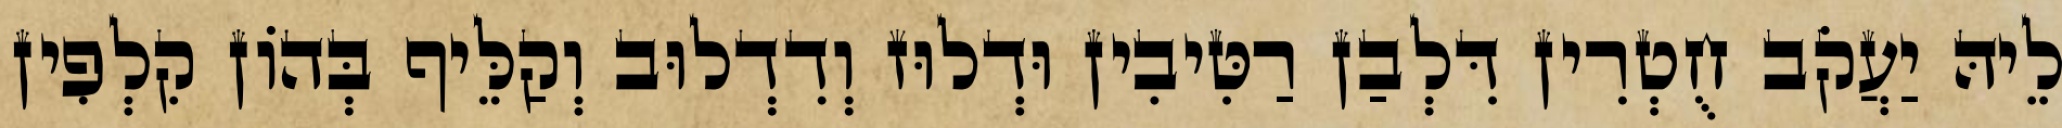
לֵיהּ יַעֲקֹב חֻטְרִין דִּלְבַן רַטִּיבִין וּדְלוּז וְדִדְלוּב וְקַלֵּיף בְּהוֹן קִלְפִין